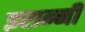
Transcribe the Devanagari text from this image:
इरान्नी